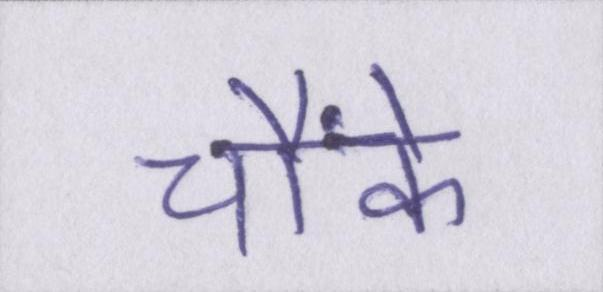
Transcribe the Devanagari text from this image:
चौंके